Bréfritari: Sigríður Pálsdóttir
Viðtakandi: Páll Pálsson
Dagsetning: A-1866-11-23
Skrifað á: Breiðabólsstað  Rang.
Páll var bróðir Sigríðar

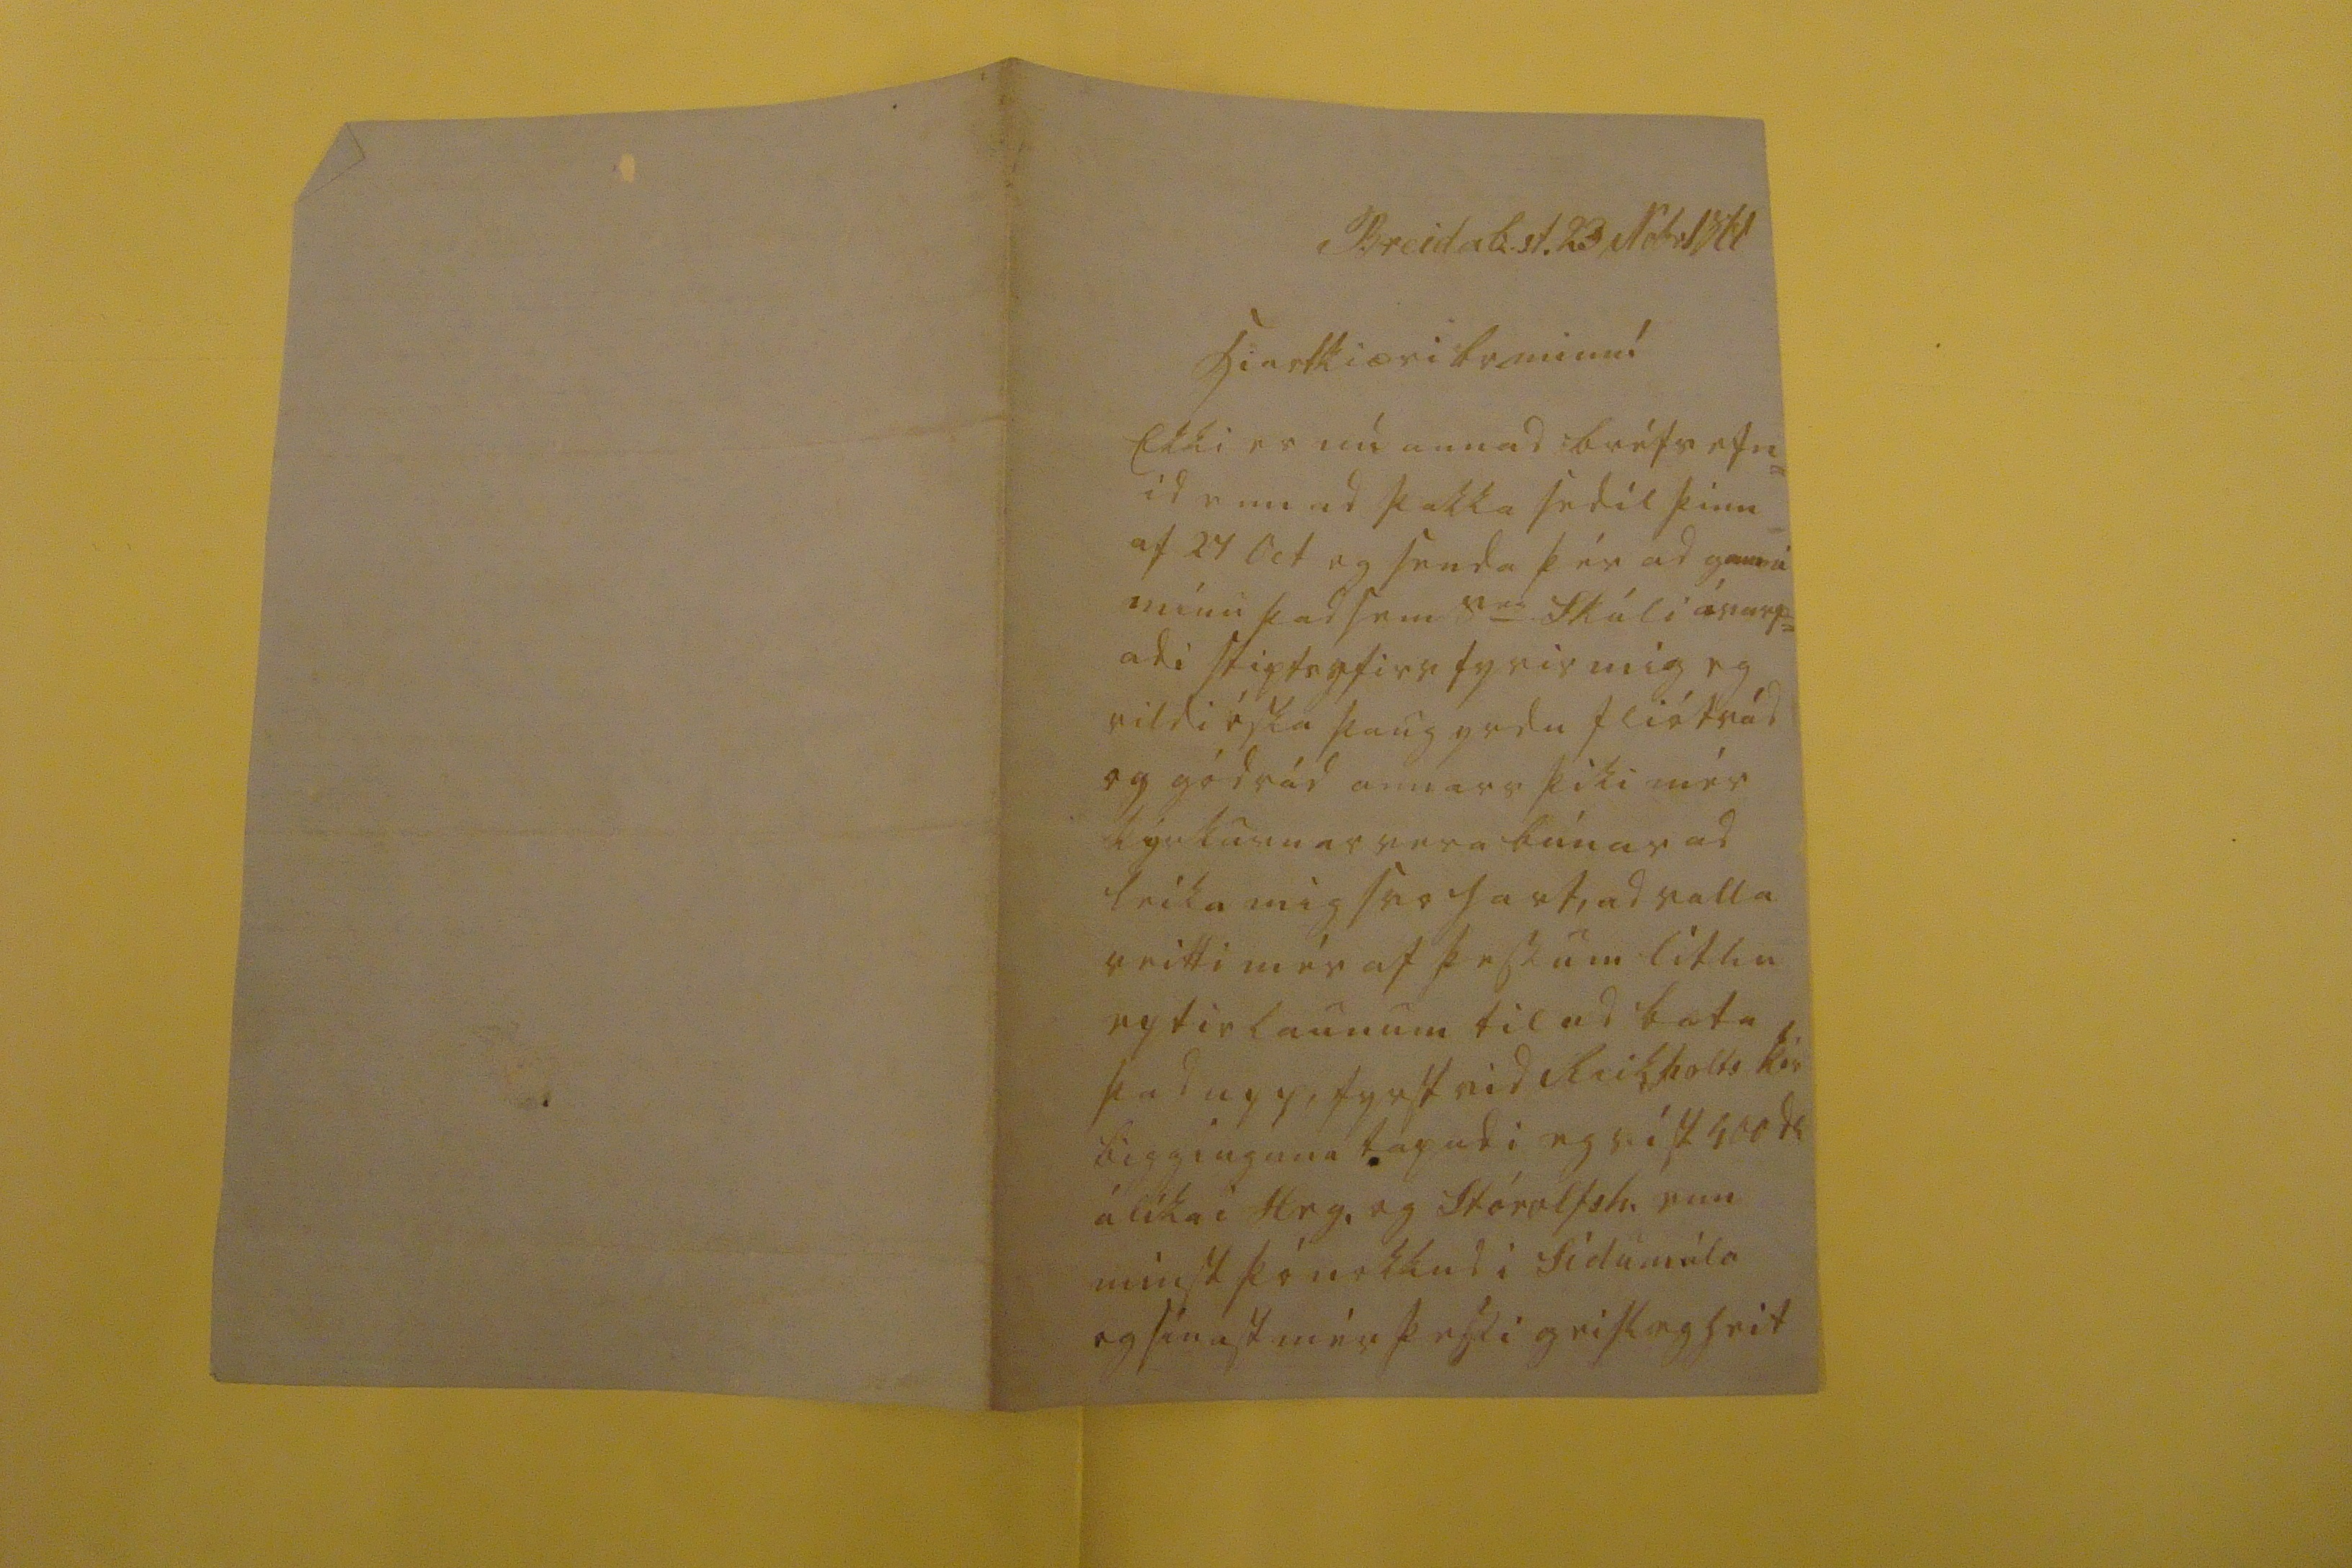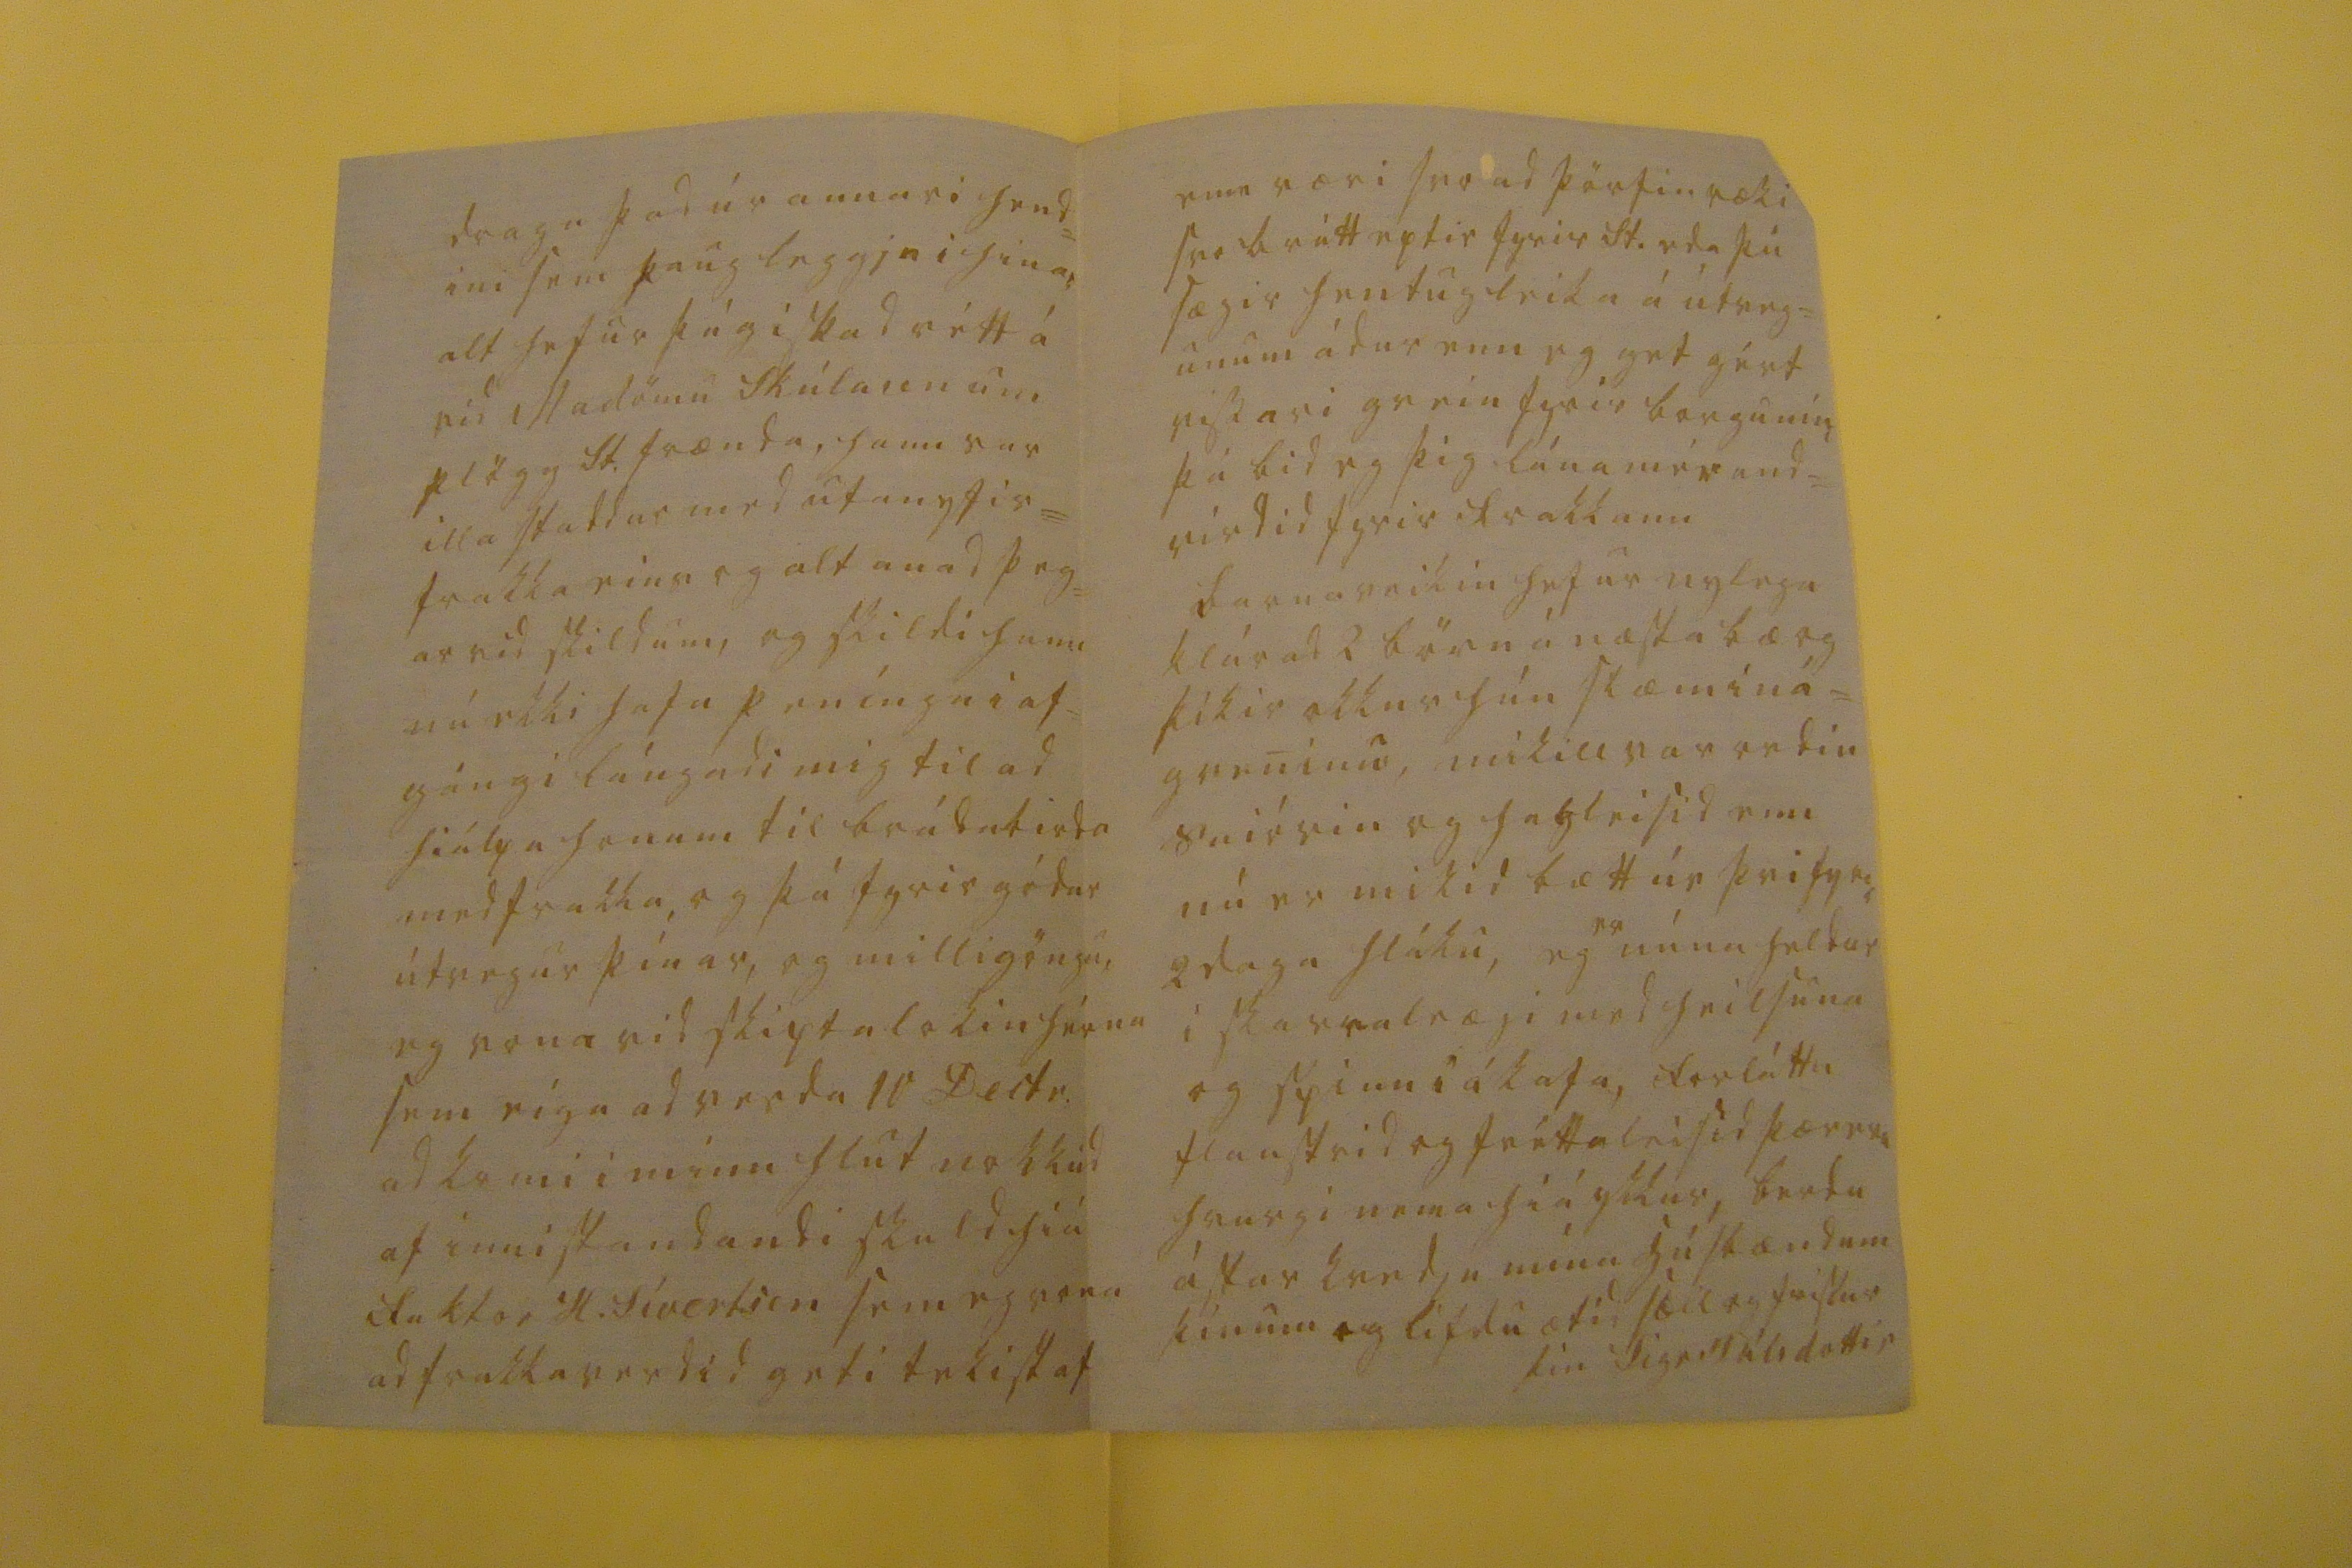

hiartkiæri br minn!
Ekki er nú annad bréfsefn= id enn ad þakka sedil þinn= af 24 Oct og senda þér ad gamni mínu þad sem s
er
Skúli ávarp= adi skiptsyfirv fyrir mig eg vildi óska þaug yrdu fliótrád og gód rád annars þiki mér kirkurnar vera búnar ad leika mig svo hart, ad valla veitti mér af þessum litlu eptirlaunum til ad bæta þad upp, fyrst vid Reikholts
kór
bigginguna tapadi eg víst 500 dl álíka i Hrg. og Stórolfsh. enn minst þó nokkud i Sídumúla og sínast mér þessi geislegheit
draga þad úr annari hen= ini sem þaug leggja i hinar alt hefur þág i skad rétt á vid Madömu Skúlasen um plögg St. frænda, hann var illa staddur med utanyfir= frakka eins og alt anad þeg= ar vid skildum, og skildi hann nú ekki hafa penínga i af= gángi lángadi mig til ad hiálpa honum til brádabirda med frakka, og þá fyrir gódar útvegur þínar, og milligöngu, eg vona vid skiptalokin hérna sem eiga ad verda 10 Decbr. ad komi i minn hlut nokkud af innistandandi skuld hiá faktor H.Sívertsen sem eg vona ad frakkaverdid geti tekist af
enn væri svo ad þörfin ræki svo brátt eptir fyrir St. eda þú sægir hentugleika á útveg= unum ádur enn eg get gért vissari grein fyrir borgunín þá bid eg þig lána mér and= virdid fyrir frakkann Barnaveikin hefur nylega klárad 2 börn á næsta bæ og þikir okkur hún slæm iná= greninu, mikill var ordin sniórin og hagleisid enn nú er mikid bætt úr þvi fyrir 2 daga hláku, eg
er
núna heldur i skarra
leægi
med heilsuna og spinn i ákafa, forláttu flaustrid og fréttaleisid þær eru hvurgi nema hiá ykkur, berdu ástar kvedju mína húsbændum þínum og lifdu ætíd sæll og frískur
þín Sigr Pálsdottir